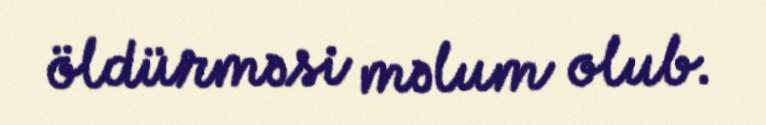
öldürməsi məlum olub.